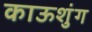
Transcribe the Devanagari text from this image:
काऊशुंग